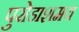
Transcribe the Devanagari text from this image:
पुरोडाशमय